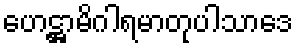
ဟေဋ္ဌာမိဂါရမာတုပါသာဒေ